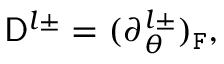
\mathsf { D } ^ { l \pm } = ( \partial _ { \theta } ^ { l \pm } ) _ { \mathtt { F } } ,